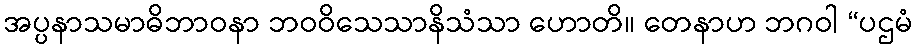
အပ္ပနာသမာဓိဘာဝနာ ဘဝဝိသေသာနိသံသာ ဟောတိ။ တေနာဟ ဘဂဝါ “ပဌမံ